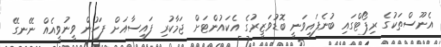
އެނޫސްތަކުގެ ރިޕޯޓްގައި ބުނެފައިވަނީ ބޮޑުވަޒީރުގެ އެކައުންޓަށް ޖަމާކުރި ފައިސާއަށް ފަހުން ވީނުވީއެއް ނޭނގޭ